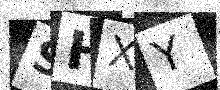
Text: SHXY